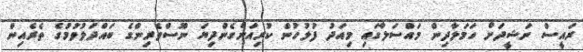
ރައީސް ނަޝީދަށް ހަމަލާދިން މައްސަލާގައި މިއަދު ފުލުހުން ކުރިއަށްގެންދިޔަ ނޫސްވެރިންގެ ބައްދަލުވުމުގެ ތެރެއިން